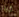
كيلر